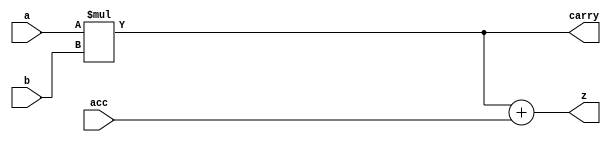
module mac(z, a, b,carry,acc);
	output [15:0] carry;
	output [15:0] z;
	input  [7:0] a;
	input  [7:0] b;
	input  [7:0] acc;

	assign carry = a * b;
	assign z = carry + acc;
endmodule